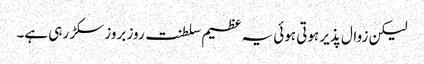
لیکن زوال پذیر ہوتی ہوئی یہ عظیم سلطنت روز بروز سکڑ رہی ہے۔